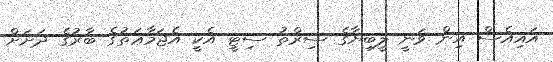
އައިއެސް އިން ވަނީ ލީބިޔާގެ ސިރްތު ސިޓީ އެކީ އެޖަމާޢަތުގެ ބާރުގެ ދަށަށް